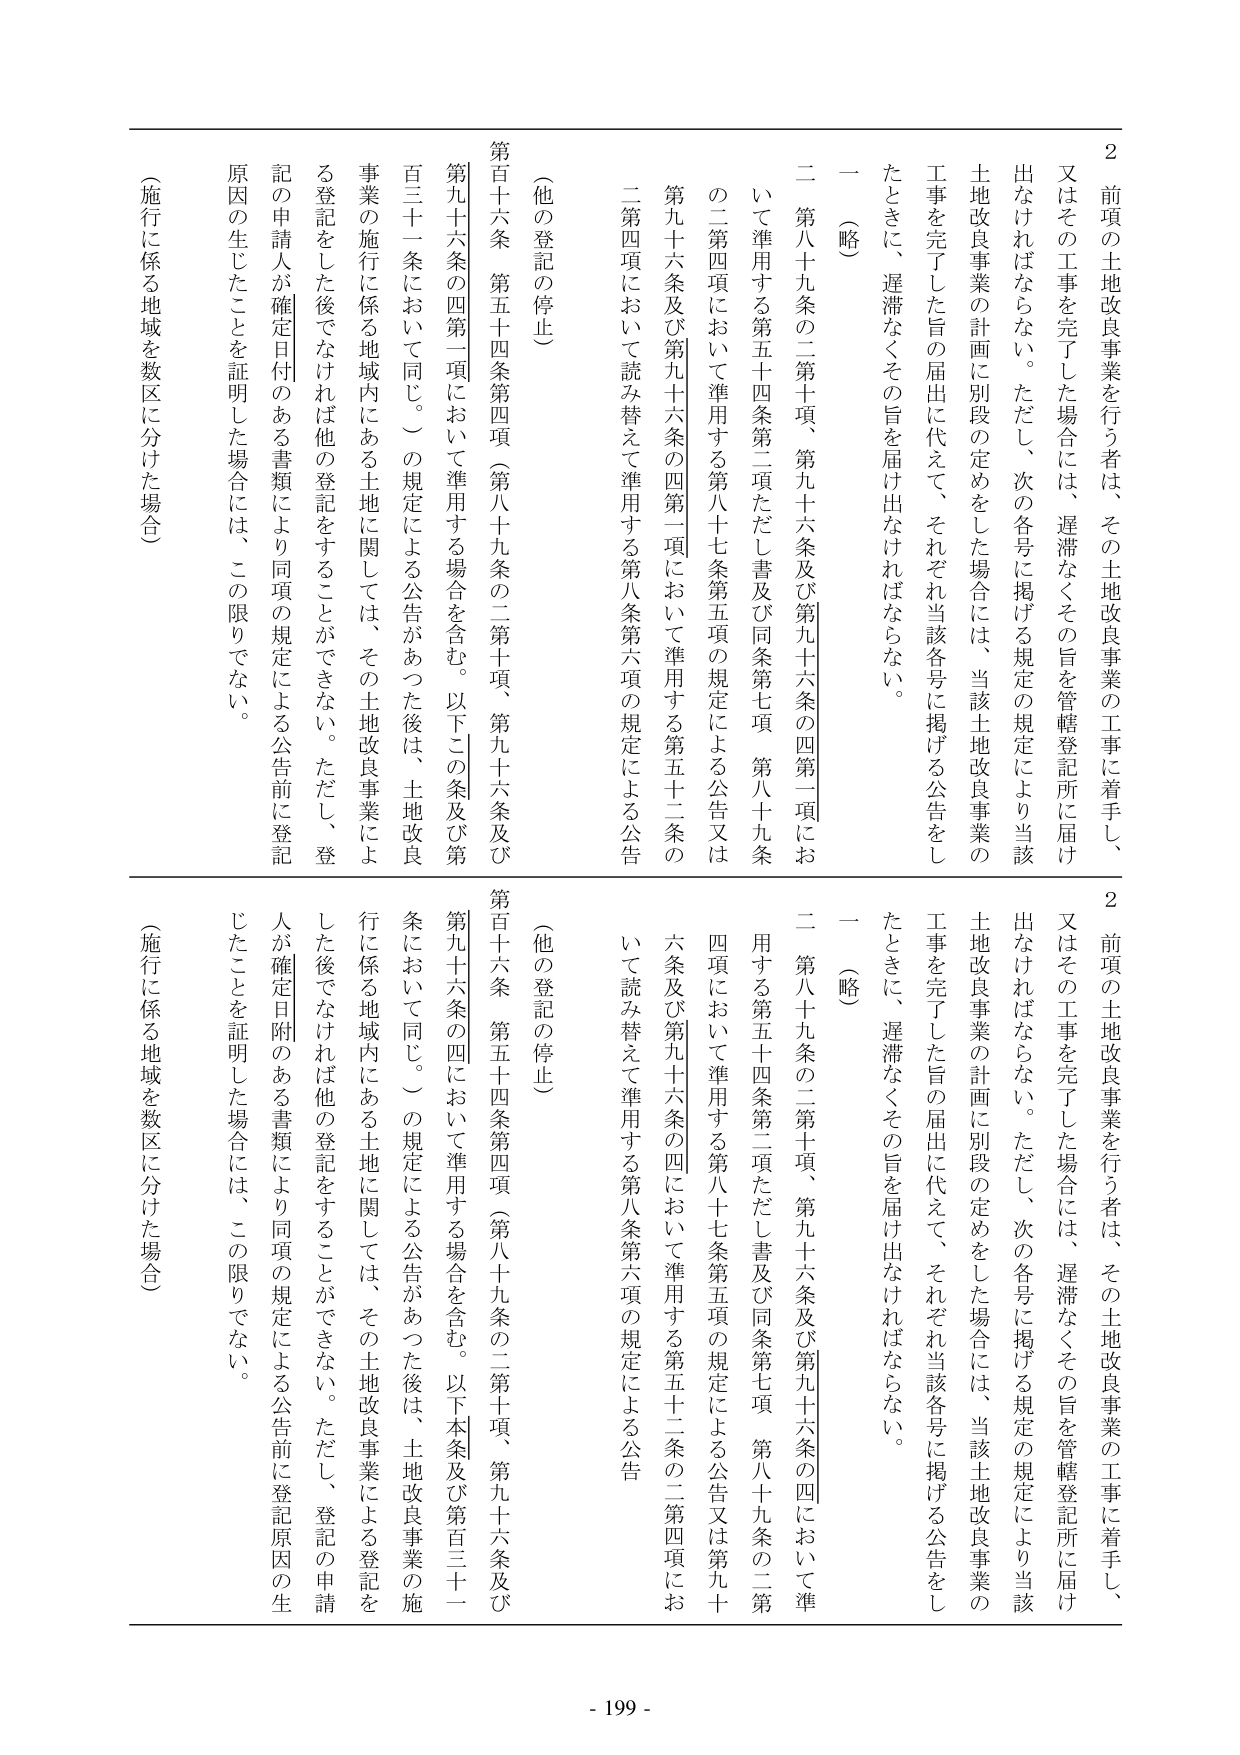
2 前項の土地改良事業を行う者は、その土地改良事業の工事に着手し、
又はその工事を完了した場合には、遅滞なくその旨を管轄登記所に届け
出なければならない。ただし、次の各号に掲げる規定の規定により当該
土地改良事業の計画に別段の定めをした場合には、当該土地改良事業の
工事を完了した旨の届出に代えて、それぞれ当該各号に掲げる公告をし
たときに、遅滞なくその旨を届け出なければならない。
一 （略）
二 第八十九条の二第十項、第九十六条及び第九十六条の四第一項にお
いて準用する第五十四条第二項ただし書及び同条第七項、第八十九条
の二第四項において準用する第八十七条第五項の規定による公告又は
第九十六条及び第九十六条の四第一項において準用する第五十二条の
二第四項において読み替えて準用する第八条第六項の規定による公告
（他の登記の停止）
第百十六条 第五十四条第四項（第八十九条の二第十項、第九十六条及
第九十六条の四第一項において準用する場合を含む。以下この条及び第
百三十一条において同じ。）の規定による公告があった後は、土地改良
事業の施行に係る地域内にある土地に関しては、その土地改良事業によ
る登記をした後でなければ他の登記をすることができない。ただし、登
記の申請人が確定日付のある書類により同項の規定による公告前に登記
原因の生じたことを証明した場合には、この限りでない。
（施行に係る地域を数区に分けた場合）

2 前項の土地改良事業を行う者は、その土地改良事業の工事に着手し、
又はその工事を完了した場合には、遅滞なくその旨を管轄登記所に届け
出なければならない。ただし、次の各号に掲げる規定の規定により当該
土地改良事業の計画に別段の定めをした場合には、当該土地改良事業の
工事を完了した旨の届出に代えて、それぞれ当該各号に掲げる公告をし
たときに、遅滞なくその旨を届け出なければならない。
一 （略）
二 第八十九条の二第十項、第九十六条及び第九十六条の四において準
用する第五十四条第二項ただし書及び同条第七項、第八十九条の二第
四項において準用する第八十七条第五項の規定による公告又は第九十
六条及び第九十六条の四において準用する第五十二条の二第四項にお
いて読み替えて準用する第八条第六項の規定による公告
（他の登記の停止）
第百十六条 第五十四条第四項（第八十九条の二第十項、第九十六条及
第九十六条の四において準用する場合を含む。以下本条及び第百三十一
条において同じ。）の規定による公告があった後は、土地改良事業の施
行に係る地域内にある土地に関しては、その土地改良事業による登記を
した後でなければ他の登記をすることができない。ただし、登記の申請
人が確定日付のある書類により同項の規定による公告前に登記原因の生
じたことを証明した場合には、この限りでない。
（施行に係る地域を数区に分けた場合）

- 199 -